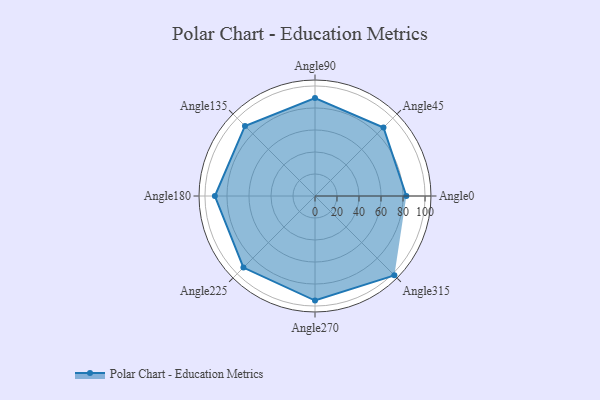
{"axis": {"x": "Angle", "y": "Radius"}, "legend": [""], "data": [{"x": "Angle0", "y": 83.0, "type": ""}, {"x": "Angle45", "y": 88.0, "type": ""}, {"x": "Angle90", "y": 89.0, "type": ""}, {"x": "Angle135", "y": 90.0, "type": ""}, {"x": "Angle180", "y": 91.0, "type": ""}, {"x": "Angle225", "y": 92.0, "type": ""}, {"x": "Angle270", "y": 95.0, "type": ""}, {"x": "Angle315", "y": 102.0, "type": ""}]}